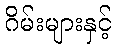
ဂိမ်းများနှင့်